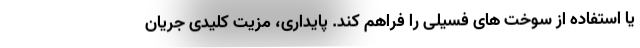
یا استفاده از سوخت های فسیلی را فراهم کند. پایداری، مزیت کلیدی جریان